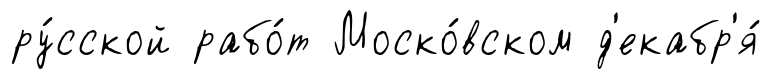
ру́сской рабо́т Моско́вском д'екабр'я́